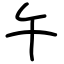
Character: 午